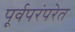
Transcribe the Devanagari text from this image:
पूर्वपरंपरेत